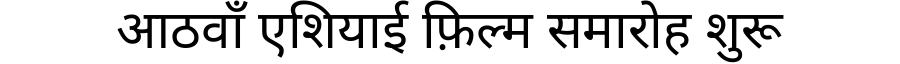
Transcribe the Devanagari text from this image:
आठवाँ एशियाई फ़िल्म समारोह शुरू